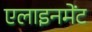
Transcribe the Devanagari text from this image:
एलाइनमेंट